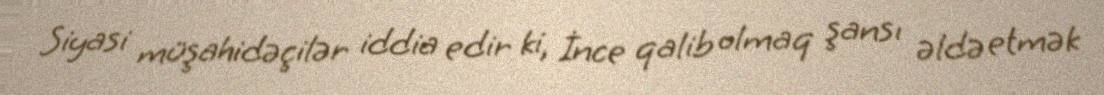
Siyasi müşahidəçilər iddia edir ki, İnce qalib olmaq şansı əldə etmək